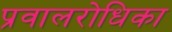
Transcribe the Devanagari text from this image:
प्रवालरोधिका